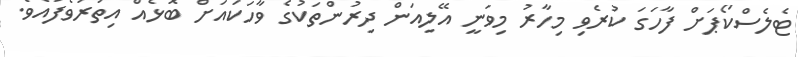
ޓެލެސްކޯޕަށް ފާހަގަ ކުރެވި މިހާރު މިވަނީ އޭލިއަން ދިރުންތަކުގެ ވާހަކައަށް ބޮޅެއް އިތުރުވެފައެވެ.